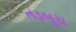
તડબૂચ